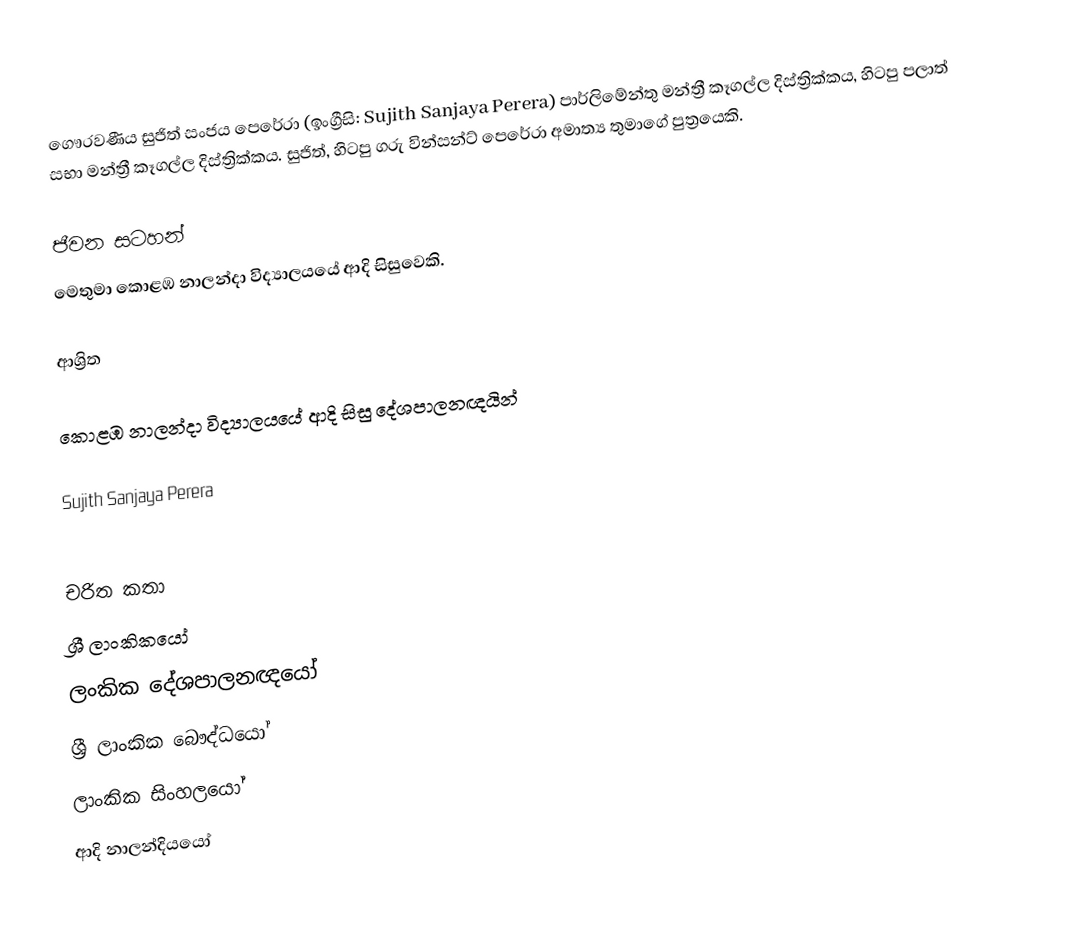
ගෞරවණීය  සුජිත් සංජය පෙරේරා  (ඉංග්‍රීසි: Sujith Sanjaya Perera) පාර්ලිමේන්තු මන්ත්‍රී කෑගල්ල දිස්‌ත්‍රික්‌කය, හිටපු පලාත් සභා මන්ත්‍රී කෑගල්ල  දිස්‌ත්‍රික්‌කය. සුජිත්, හිටපු ගරු වින්සන්ට් පෙරේරා අමාත්‍ය තුමාගේ පුත්‍රයෙකි.

ජීවන සටහන්
මෙතුමා  කොළඹ නාලන්දා විද්‍යාලයයේ ආදි සිසුවෙකි.

ආශ්‍රිත

කොළඹ නාලන්දා විද්‍යාලයයේ ආදි සිසු දේශපාලනඥයින්

 Sujith Sanjaya Perera

චරිත කතා
ශ්‍රී ලාංකිකයෝ
ලංකික දේශපාලනඥයෝ
ශ්‍රී ලාංකික බෞද්ධයෝ
ලාංකික සිංහලයෝ
ආදි නාලන්දියයෝ